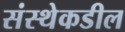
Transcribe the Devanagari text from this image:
संस्थेकडील